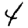
Digit: 4